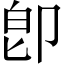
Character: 卽